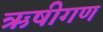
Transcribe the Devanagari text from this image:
ऋषीगण